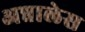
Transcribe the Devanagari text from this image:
अन्नालेस